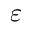
\varepsilon